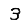
Digit: 3